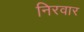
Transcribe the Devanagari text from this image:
निरवार